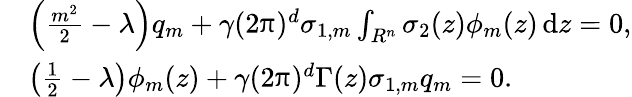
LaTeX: \begin{array}{rl}&{\left(\frac{m^{2}}{2}-\lambda\right)q_{m}+\gamma(2\uppi)^{d}\sigma_{1,m}\int_{R^{n}}\sigma_{2}(z)\phi_{m}(z)\, {\mathrm{d}}z=0,}\\ &{\left(\frac{1}{2}-\lambda\right)\phi_{m}(z)+\gamma(2\uppi)^{d}\Gamma(z)\sigma_{1,m}q_{m}=0.}\end{array}